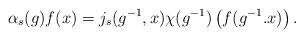
LaTeX: \begin{align*} \alpha_s(g)f(x) = j_s(g^{-1},x) \chi(g^{-1})\left(f(g^{-1}.x)\right).\end{align*}